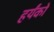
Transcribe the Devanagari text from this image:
हर्यंको